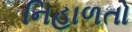
નિહાળતો